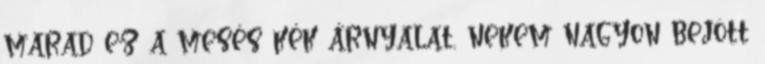
marad ez a mesés kék árnyalat, nekem nagyon bejött